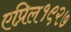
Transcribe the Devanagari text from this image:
एप्रिल१९२७